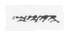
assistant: היום